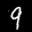
Label: 9